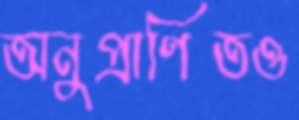
অনুপ্রাণিতও